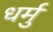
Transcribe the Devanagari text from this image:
धर्मु